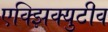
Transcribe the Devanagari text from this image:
एक्झिक्युटीव